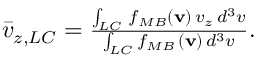
\begin{array} { r } { \bar { v } _ { z , L C } = \frac { \intop _ { L C } \, f _ { M B } \left( \mathbf { v } \right) \, v _ { z } \, d ^ { 3 } v } { \intop _ { L C } f _ { M B } \, \left( \mathbf { v } \right) \, d ^ { 3 } v } . } \end{array}